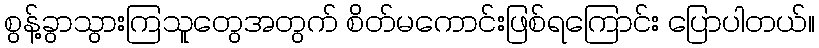
စွန့်ခွာသွားကြသူတွေအတွက် စိတ်မကောင်းဖြစ်ရကြောင်း ပြောပါတယ်။